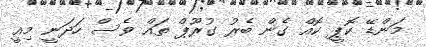
މަންޑޭ ކޮޕީ ކޮއް ގެން ބެރު ގުރޫޕް ތައް ވެސް ހަދަނީ މިއީ